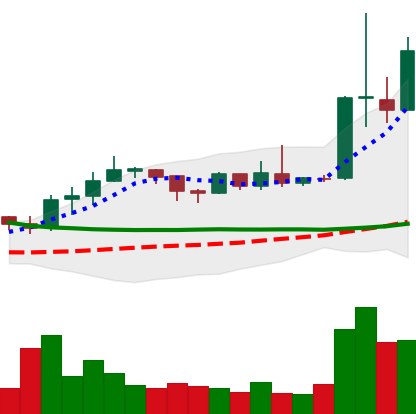
Ticker: ETC-USD
Chart end date: 2019-04-05
Forward return: 21.02%
Label: up_7plus